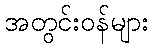
အတွင်းဝန်များ